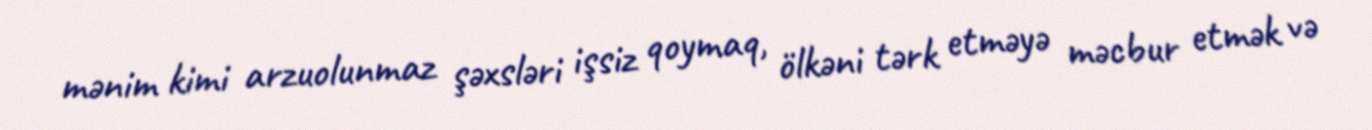
mənim kimi arzuolunmaz şəxsləri işsiz qoymaq, ölkəni tərk etməyə məcbur etmək və